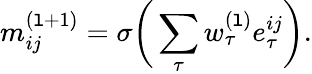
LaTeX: m_{ij}^{(\mathtt{l}+1)}=\sigma\bigg(\sum_{\tau}w_{\tau}^{(\mathtt{l})}e_{\tau}^{ij}\bigg).